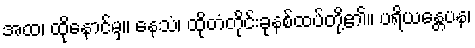
အထ၊ ထိုနောင်မှ။ နေသံ၊ ထိုတံတိုင်းခုနစ်ထပ်တို့၏။ ပရိယန္တေပန၊